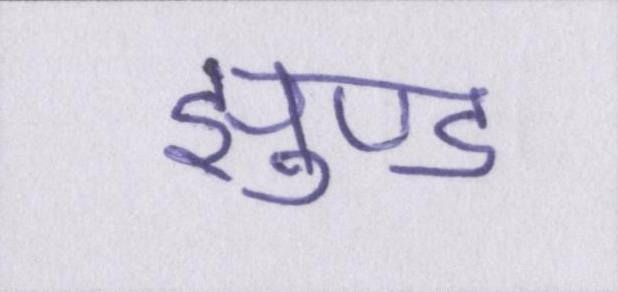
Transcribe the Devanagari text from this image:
झुण्ड